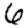
Digit: 6